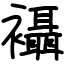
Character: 襵